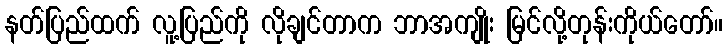
နတ်ပြည်ထက် လူ့ပြည်ကို လိုချင်တာက ဘာအကျိုး မြင်လို့တုန်းကိုယ်တော်။